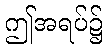
ဤအရပ်၌